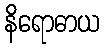
နိရောဓာယ